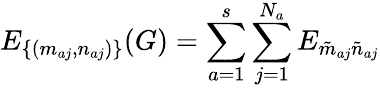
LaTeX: E_{\{ (m_{aj},n_{aj})\} }(G)=\sum_{a=1}^{s}\sum_{j=1}^{N_{a}}E_{\tilde{m}_{aj}\tilde{n}_{aj}}